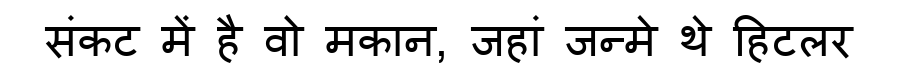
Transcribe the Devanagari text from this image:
संकट में है वो मकान, जहां जन्मे थे हिटलर